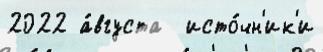
2022 а́вгуста  исто́чн'ик'и